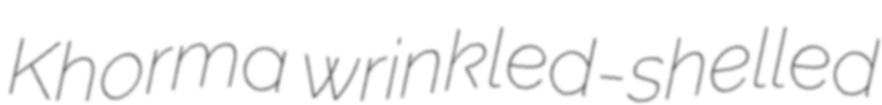
Khorma wrinkled-shelled